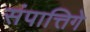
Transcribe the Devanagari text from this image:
संपात्तिगे